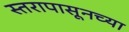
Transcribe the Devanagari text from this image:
स्तरापासूनच्या